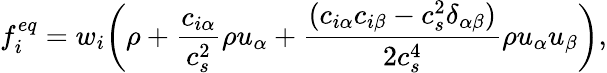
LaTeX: f_{i}^{eq}=w_{i}\bigg(\rho+\frac{c_{i\alpha}}{c_{s}^{2}}\rho u_{\alpha}+\frac{(c_{i\alpha}c_{i\beta}-c_{s}^{2}\delta_{\alpha\beta})}{2c_{s}^{4}}\rho u_{\alpha}u_{\beta}\bigg),